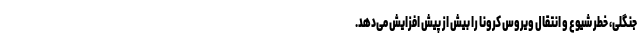
جنگلی، خطر شیوع و انتقال ویروس کرونا را بیش از پیش افزایش می‌دهد.